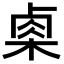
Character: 𬃄